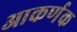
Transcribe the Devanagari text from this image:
आकर्णक